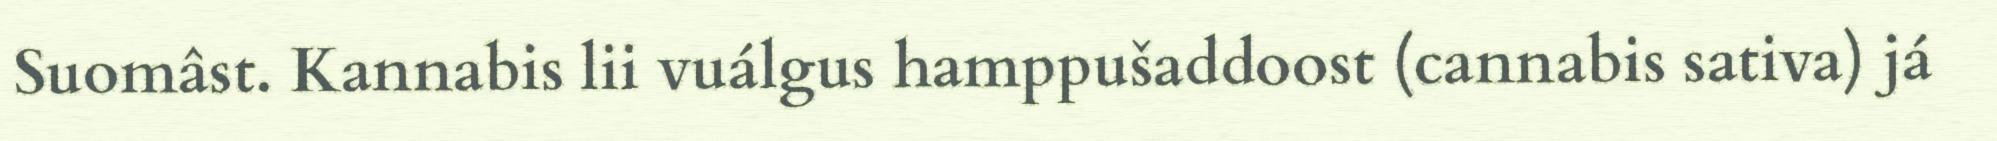
Suomâst. Kannabis lii vuálgus hamppušaddoost (cannabis sativa) já